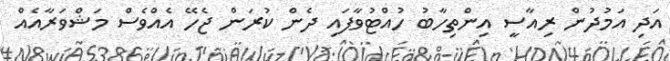
އަދި އަމުދުން ރިއާސީ އިންތިހާބު ހުއްޓުވާފައި ދެން ކުރަން ޖެހޭ އެއްވެސް މަޝްވަރާއެއް